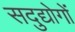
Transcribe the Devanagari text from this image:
सदुद्योगों